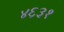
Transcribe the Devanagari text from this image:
४६३१